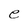
Character: e